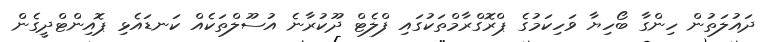
ދައުލަތުން ހިންގާ ބޯހިޔާ ވަހިކަމުގެ ޕްރޮގްރާމްތަކުގައި ފްލެޓް ދޫކުރާނެ އުސޫލްތަކެއް ކަނޑައެޅި ޕޮއިންޓްދީގެން